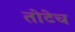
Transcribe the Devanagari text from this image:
तोटेच